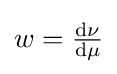
w={\tfrac {\mathrm {d} \nu }{\mathrm {d} \mu }}